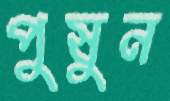
পুষুন